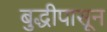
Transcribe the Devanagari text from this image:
बुद्धीपासून